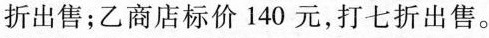
折出售；乙商店标价140元，打七折出售。